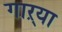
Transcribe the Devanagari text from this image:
गाऱ्या